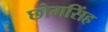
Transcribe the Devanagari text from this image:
छोगसिंह